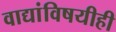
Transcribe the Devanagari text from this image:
वाद्यांविषयीही